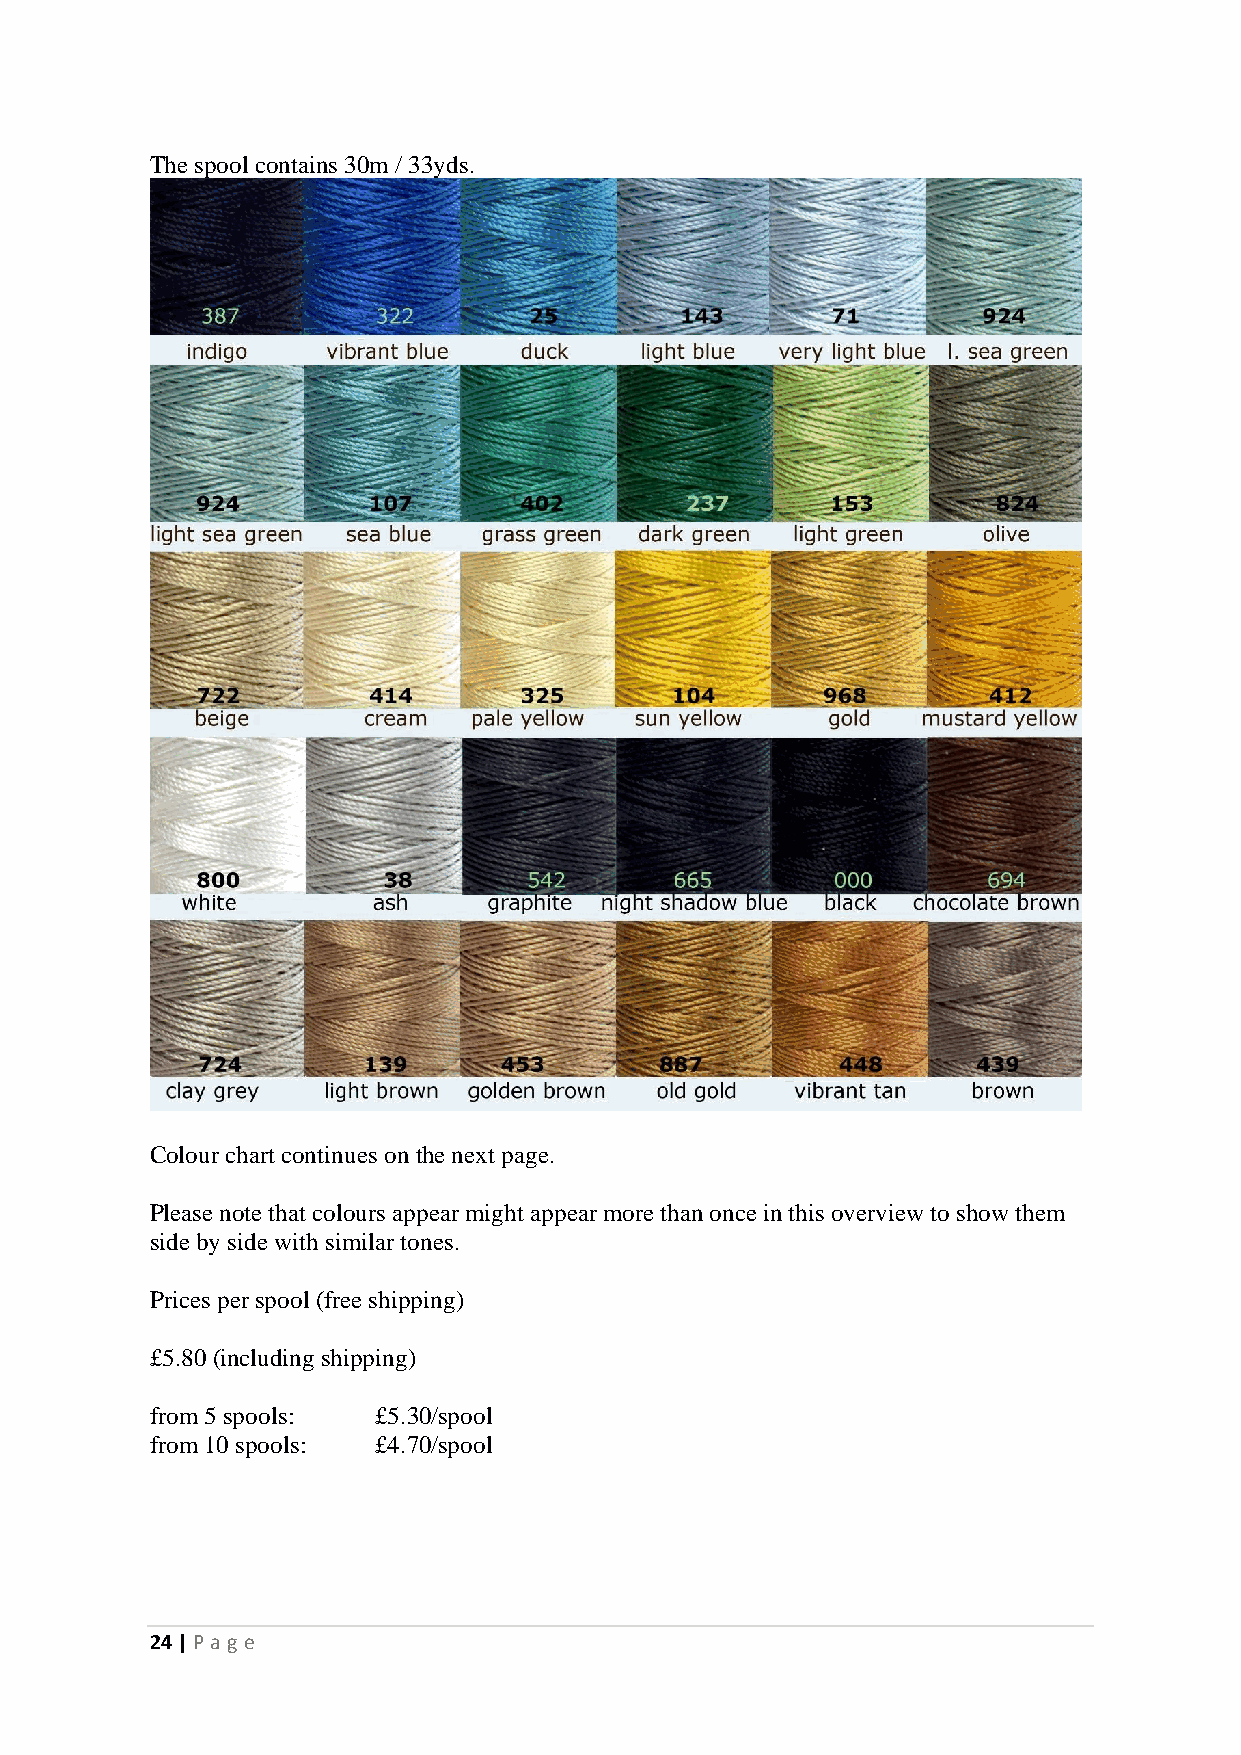
The spool contains 30m / 33yds.
 Colour chart continues on the next page.
 Please note that colours appear might appear more than once in this overview to show them
 side by side with similar tones.
 Prices per spool (free shipping)
 £5.80 (including shipping)
 from 5 spools: £5.30/spool
 from 10 spools: £4.70/spool
 24 | P age